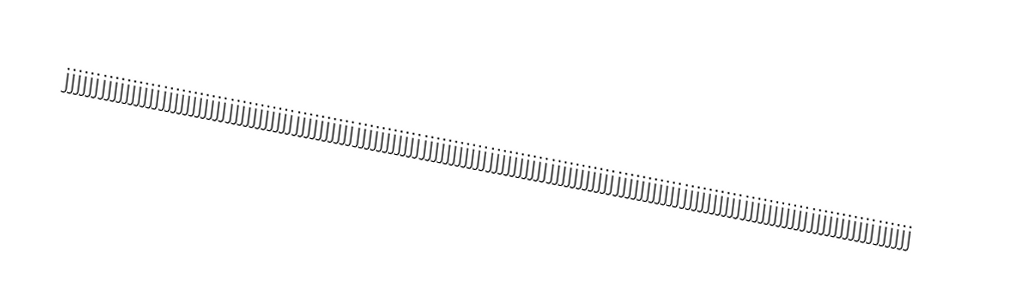
jjjjjjjjjjjjjjjjjjjjjjjjjjjjjjjjjjjjjjjjjjjjjjjjjjjjjjjjjjjjjjjjjjjjjjjjjjjjjjjjjjjjjjjjjjjjjjjjjjjjjjjjjjjjjjjjjjjjjjjjjjjjjjjjjjjjjjjjjjjj